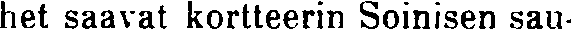
het saavat kortteerin Soinisen sau-